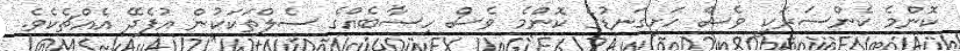
ކޮންމެ ކެންސަރަކީ ވެސް ހަށިގަނޑުގެ ކޮންމެ ވެސް ހިސާބެއްގެ ސެލްތަކަކުން އުފެދޭ އެއްޗެކެވެ.